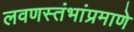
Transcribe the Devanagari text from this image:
लवणस्तंभांप्रमाणे